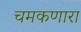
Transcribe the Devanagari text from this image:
चमकणारा